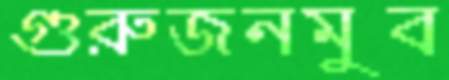
গুরুজনমুব